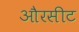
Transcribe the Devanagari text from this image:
औरसीट